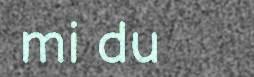
mi du